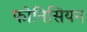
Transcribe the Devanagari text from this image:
फोनिसियन